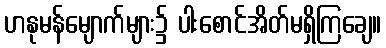
ဟနုမန်မျောက်များ၌ ပါးစောင်အိတ်မရှိကြချေ။